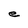
Character: e